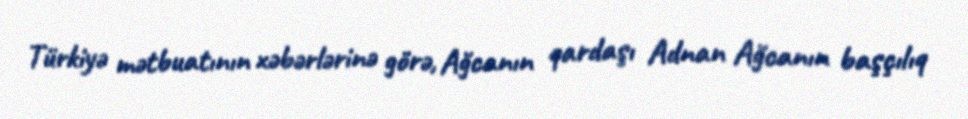
Türkiyə mətbuatının xəbərlərinə görə, Ağcanın qardaşı Adnan Ağcanın başçılıq